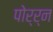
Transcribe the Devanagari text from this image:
पोर्र्न